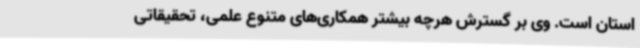
استان است. وی بر گسترش هرچه بیشتر همکاری‌های متنوع علمی، تحقیقاتی